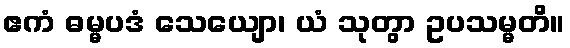
ဧကံ ဓမ္မပဒံ သေယျော၊ ယံ သုတွာ ဥပသမ္မတိ။